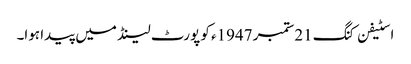
اسٹیفن کنگ 21ستمبر 1947ء کو پورٹ لینڈ میں پیدا ہوا۔